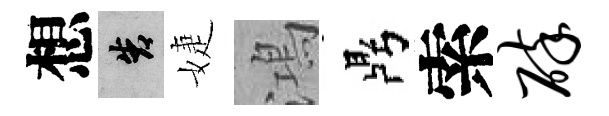
想告婕鴻鼎索碎